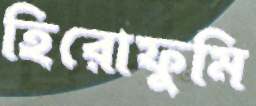
হিরোফুমি